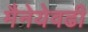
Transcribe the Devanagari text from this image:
मैनेयेवढी